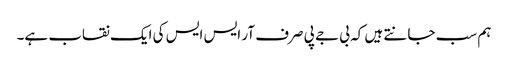
ہم سب جانتے ہیں کہ بی جے پی صرف آر ایس ایس کی ایک نقاب ہے۔